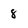
Character: 8